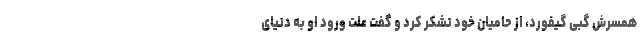
همسرش گبی گیفورد، از حامیان خود تشکر کرد و گفت علت ورود او به دنیای